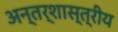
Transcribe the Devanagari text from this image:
अन्तर्शास्त्रीय